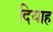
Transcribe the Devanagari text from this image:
दियाह